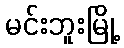
မင်းဘူးမြို့